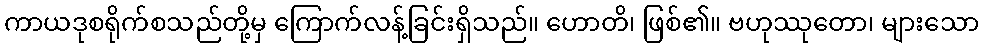
ကာယဒုစရိုက်စသည်တို့မှ ကြောက်လန့်ခြင်းရှိသည်။ ဟောတိ၊ ဖြစ်၏။ ဗဟုဿုတော၊ များသော